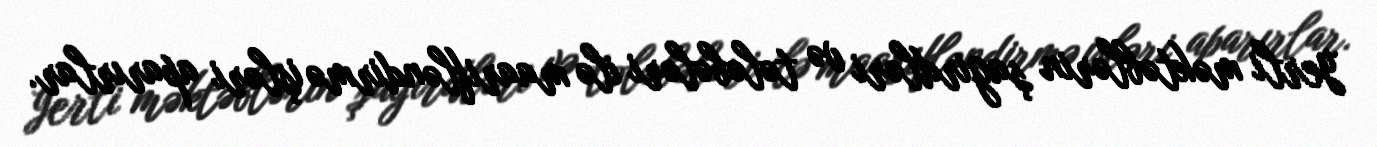
yerli məktəblərin şagirdləri və tələbələri ilə maarifləndirmə işləri aparırlar.